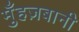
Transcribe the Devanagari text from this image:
मुँहज़बानी